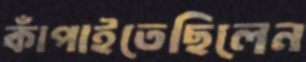
কাঁপাইতেছিলেন